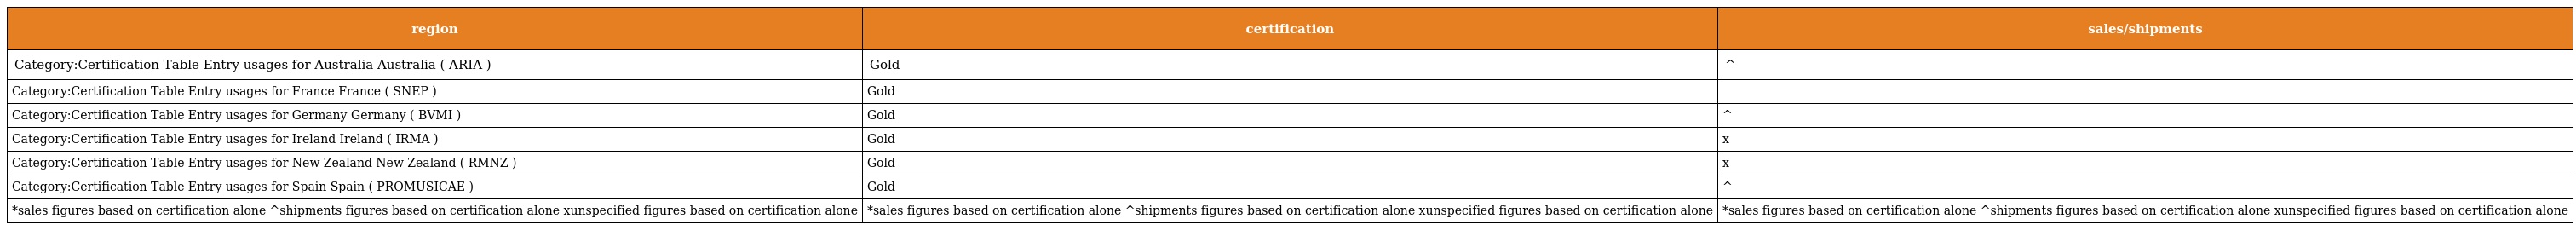
| region | certification | sales/shipments |
 | --- | --- | --- |
 | Category:Certification Table Entry usages for Australia Australia ( ARIA ) | Gold | ^ |
 | Category:Certification Table Entry usages for France France ( SNEP ) | Gold |  |
 | Category:Certification Table Entry usages for Germany Germany ( BVMI ) | Gold | ^ |
 | Category:Certification Table Entry usages for Ireland Ireland ( IRMA ) | Gold | x |
 | Category:Certification Table Entry usages for New Zealand New Zealand ( RMNZ ) | Gold | x |
 | Category:Certification Table Entry usages for Spain Spain ( PROMUSICAE ) | Gold | ^ |
 | *sales figures based on certification alone ^shipments figures based on certification alone xunspecified figures based on certification alone | *sales figures based on certification alone ^shipments figures based on certification alone xunspecified figures based on certification alone | *sales figures based on certification alone ^shipments figures based on certification alone xunspecified figures based on certification alone |